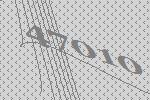
47010